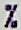
%